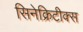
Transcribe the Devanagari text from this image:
सिनेक्रिटीक्स